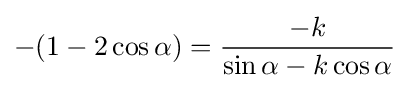
-(1-2\cos \alpha )={\frac {-k}{\sin \alpha -k\cos \alpha }}